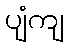
ပျံကျ